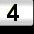
Digit: 4